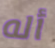
أله